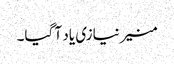
منیر نیازی یاد آ گیا۔